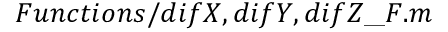
F u n c t i o n s / { d i f X , d i f Y , d i f Z } \_ F . m